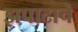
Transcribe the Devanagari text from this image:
झपाटाचे